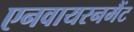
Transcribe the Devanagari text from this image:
एनवायरनमैंट